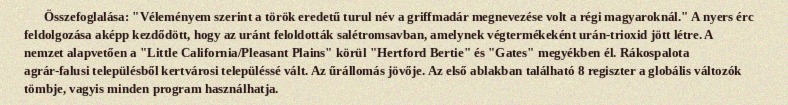
Összefoglalása: "Véleményem szerint a török eredetű turul név a griffmadár megnevezése volt a régi magyaroknál." A nyers érc feldolgozása aképp kezdődött, hogy az uránt feloldották salétromsavban, amelynek végtermékeként urán-trioxid jött létre. A nemzet alapvetően a "Little California/Pleasant Plains" körül "Hertford Bertie" és "Gates" megyékben él. Rákospalota agrár-falusi településből kertvárosi településsé vált. Az űrállomás jövője. Az első ablakban található 8 regiszter a globális változók tömbje, vagyis minden program használhatja.